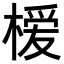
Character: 𪳗